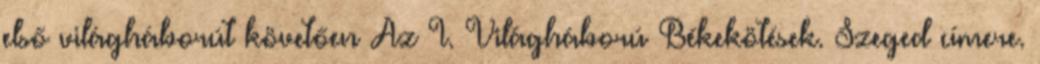
első világháborút követően Az I. Világháború Békekötések. Szeged címere.